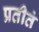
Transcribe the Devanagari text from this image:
प्रतीतं